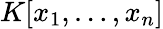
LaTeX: K[x_{1},\ldots,x_{n}]